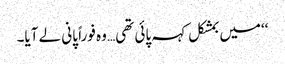
‘‘میں بمشکل کہہ پائی تھی… وہ فوراً پانی لے آیا۔